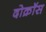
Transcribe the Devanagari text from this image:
दोक्रॉस